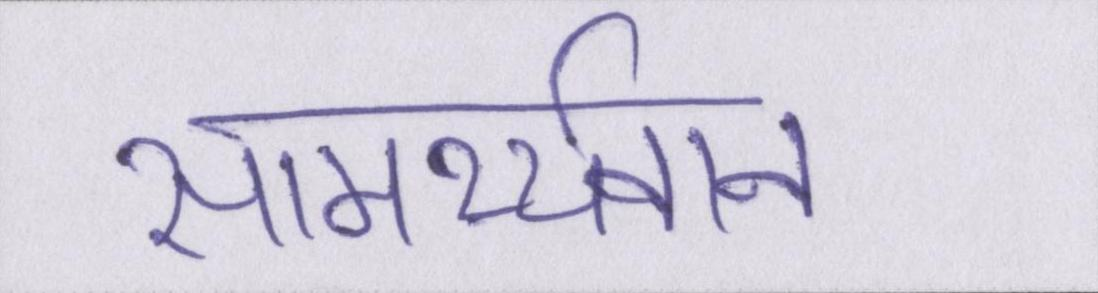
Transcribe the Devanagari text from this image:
सामर्थ्यवान